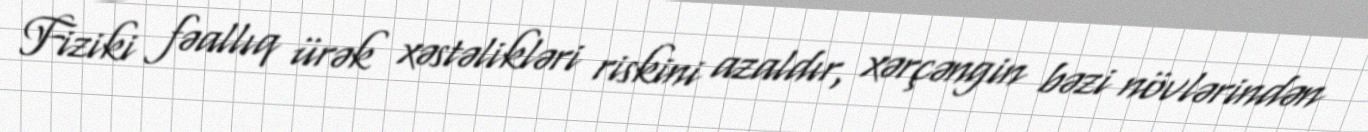
Fiziki fəallıq ürək xəstəlikləri riskini azaldır, xərçəngin bəzi növlərindən